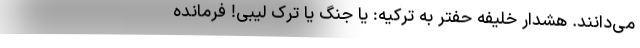
می‌دانند. هشدار خلیفه حفتر به ترکیه: یا جنگ یا ترک لیبی! فرمانده